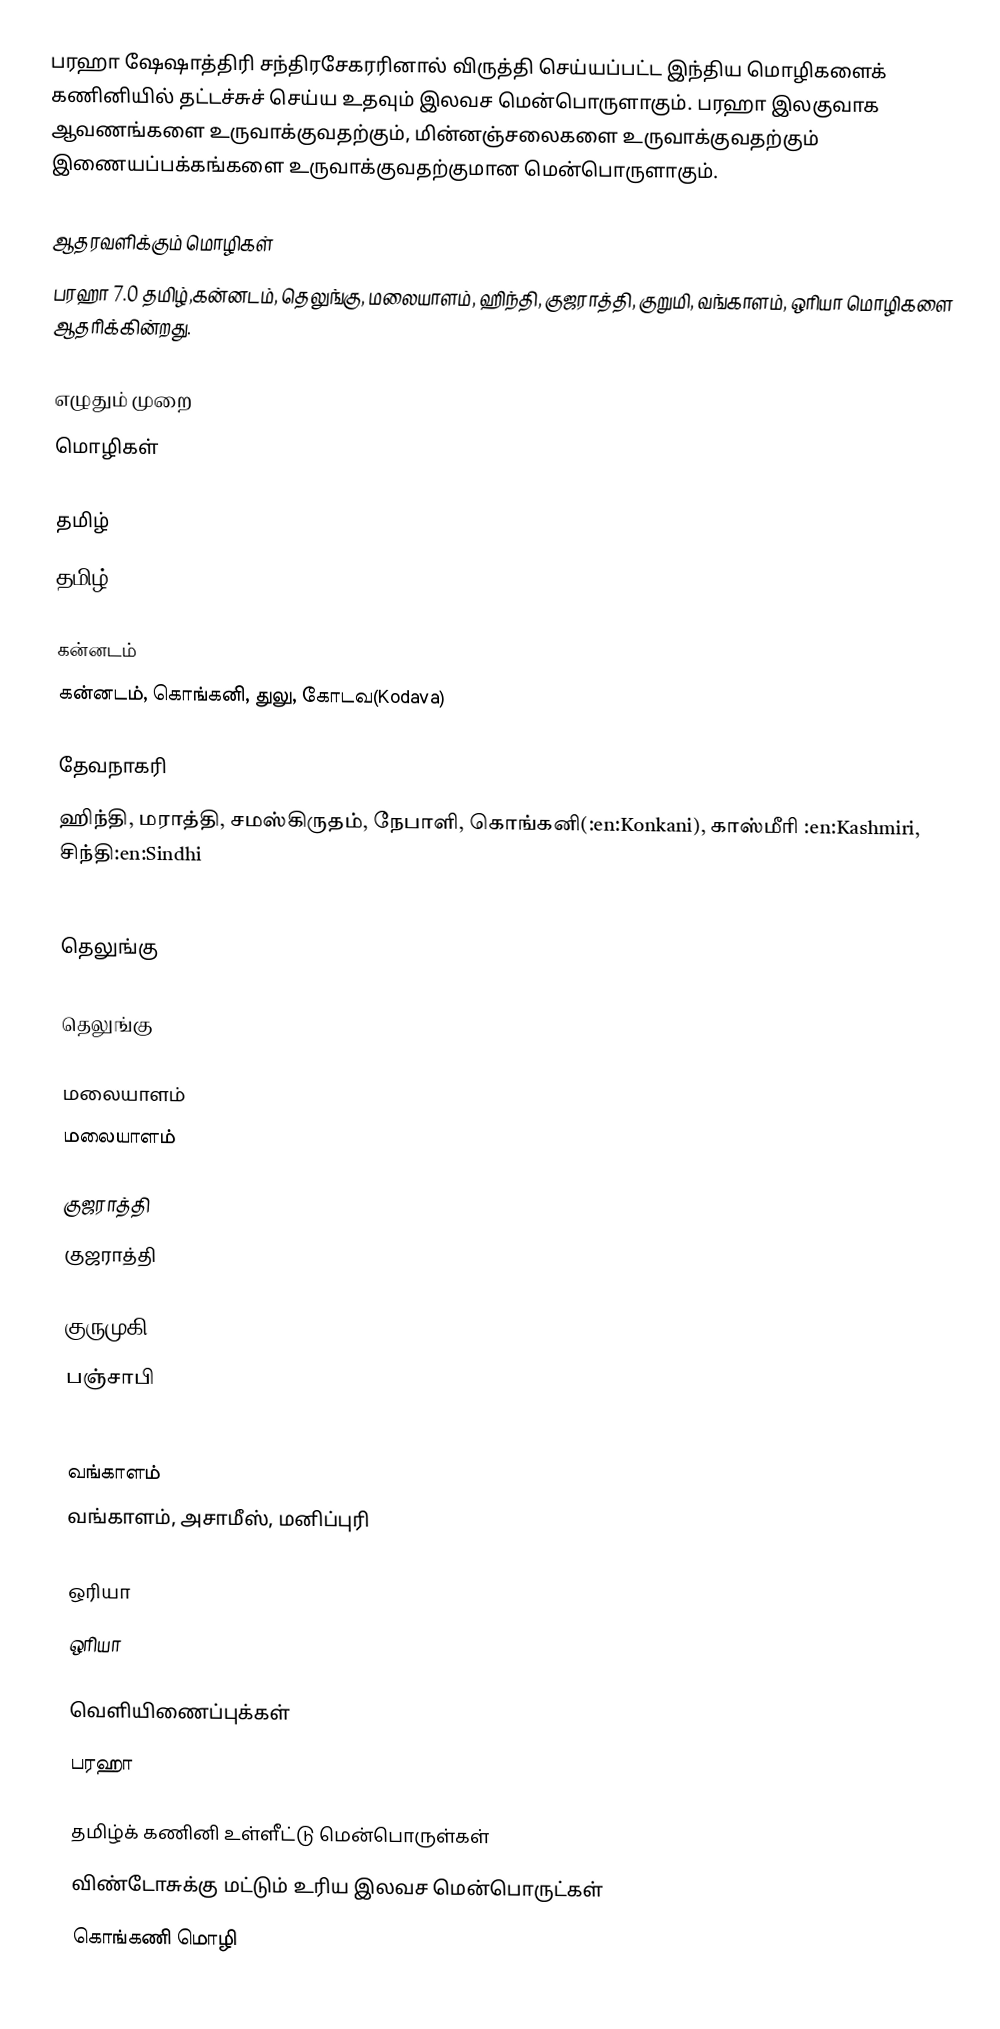
பரஹா ஷேஷாத்திரி சந்திரசேகரரினால் விருத்தி செய்யப்பட்ட இந்திய மொழிகளைக் கணினியில் தட்டச்சுச் செய்ய உதவும் இலவச மென்பொருளாகும். பரஹா இலகுவாக ஆவணங்களை உருவாக்குவதற்கும், மின்னஞ்சலைகளை உருவாக்குவதற்கும் இணையப்பக்கங்களை உருவாக்குவதற்குமான மென்பொருளாகும்.

ஆதரவளிக்கும் மொழிகள்
பரஹா 7.0 தமிழ்,கன்னடம், தெலுங்கு, மலையாளம், ஹிந்தி, குஜராத்தி, குறுமி, வங்காளம், ஒரியா மொழிகளை ஆதரிக்கின்றது.

              எழுதும் முறை
        மொழிகள்

        தமிழ்
        தமிழ்

              கன்னடம்
        கன்னடம், கொங்கனி, துலு, கோடவ(Kodava)

              தேவநாகரி
        ஹிந்தி, மராத்தி, சமஸ்கிருதம், நேபாளி, கொங்கனி(:en:Konkani), காஸ்மீரி :en:Kashmiri, சிந்தி:en:Sindhi

                    தெலுங்கு

        தெலுங்கு

              மலையாளம்
        மலையாளம்

              குஜராத்தி
        குஜராத்தி

              குருமுகி
        பஞ்சாபி

              வங்காளம்
        வங்காளம், அசாமீஸ், மனிப்புரி

              ஒரியா
        ஒரியா

வெளியிணைப்புக்கள்
 பரஹா

தமிழ்க் கணினி உள்ளீட்டு மென்பொருள்கள்
விண்டோசுக்கு மட்டும் உரிய இலவச மென்பொருட்கள்
கொங்கணி மொழி